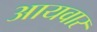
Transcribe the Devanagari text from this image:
आयवार